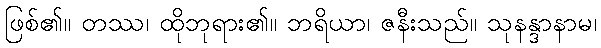
ဖြစ်၏။ တဿ၊ ထိုဘုရား၏။ ဘရိယာ၊ ဇနီးသည်။ သုနန္ဒာနာမ၊